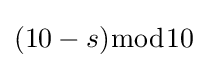
(10-s){\bmod {1}}0